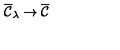
\overline { { { \cal C } } } _ { \lambda } \rightarrow \overline { { { \cal C } } }